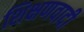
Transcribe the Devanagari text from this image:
शिक्षणवादी